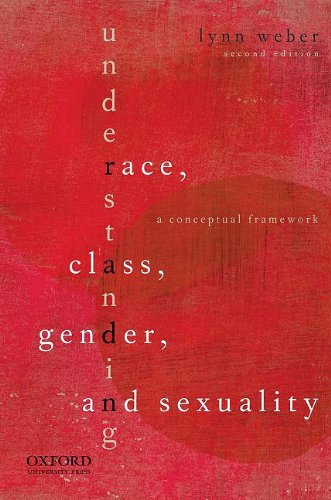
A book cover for Understanding Race, Class, Gender, and Sexuality: A Conceptual Framework; Lynn Weber; Medical Books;